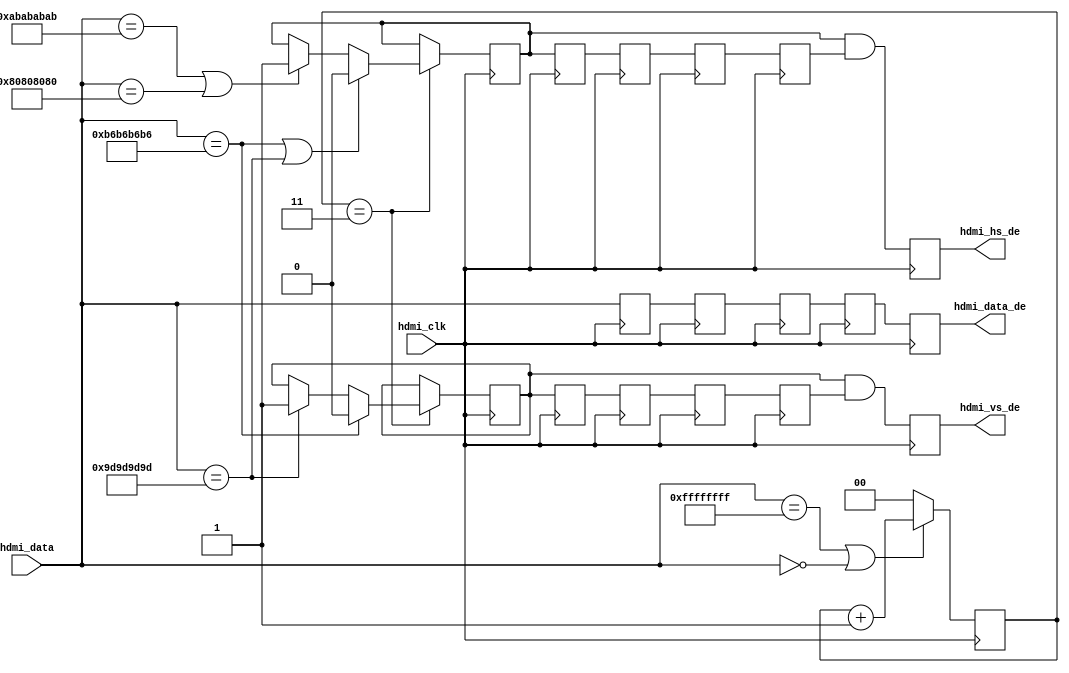
// ***************************************************************************
// ***************************************************************************
// Copyright (C) 2014-2023 Analog Devices, Inc. All rights reserved.
//
// In this HDL repository, there are many different and unique modules, consisting
// of various HDL (Verilog or VHDL) components. The individual modules are
// developed independently, and may be accompanied by separate and unique license
// terms.
//
// The user should read each of these license terms, and understand the
// freedoms and responsibilities that he or she has by using this source/core.
//
// This core is distributed in the hope that it will be useful, but WITHOUT ANY
// WARRANTY; without even the implied warranty of MERCHANTABILITY or FITNESS FOR
// A PARTICULAR PURPOSE.
//
// Redistribution and use of source or resulting binaries, with or without modification
// of this file, are permitted under one of the following two license terms:
//
//   1. The GNU General Public License version 2 as published by the
//      Free Software Foundation, which can be found in the top level directory
//      of this repository (LICENSE_GPL2), and also online at:
//      <https://www.gnu.org/licenses/old-licenses/gpl-2.0.html>
//
// OR
//
//   2. An ADI specific BSD license, which can be found in the top level directory
//      of this repository (LICENSE_ADIBSD), and also on-line at:
//      https://github.com/analogdevicesinc/hdl/blob/main/LICENSE_ADIBSD
//      This will allow to generate bit files and not release the source code,
//      as long as it attaches to an ADI device.
//
// ***************************************************************************
// ***************************************************************************
// Receive HDMI, hdmi embedded syncs data in, video dma data out.

`timescale 1ns/100ps

module axi_hdmi_rx_es #(

  parameter   DATA_WIDTH = 32
) (

  // hdmi interface

  input                   hdmi_clk,
  input       [(DATA_WIDTH-1):0]  hdmi_data,
  output  reg             hdmi_vs_de,
  output  reg             hdmi_hs_de,
  output  reg [(DATA_WIDTH-1):0]  hdmi_data_de
);

  localparam  BYTE_WIDTH = DATA_WIDTH/8;

  // internal registers

  reg     [(DATA_WIDTH-1):0]  hdmi_data_d = 'd0;
  reg                         hdmi_hs_de_rcv_d = 'd0;
  reg                         hdmi_vs_de_rcv_d = 'd0;
  reg     [(DATA_WIDTH-1):0]  hdmi_data_2d = 'd0;
  reg                         hdmi_hs_de_rcv_2d = 'd0;
  reg                         hdmi_vs_de_rcv_2d = 'd0;
  reg     [(DATA_WIDTH-1):0]  hdmi_data_3d = 'd0;
  reg                         hdmi_hs_de_rcv_3d = 'd0;
  reg                         hdmi_vs_de_rcv_3d = 'd0;
  reg     [(DATA_WIDTH-1):0]  hdmi_data_4d = 'd0;
  reg                         hdmi_hs_de_rcv_4d = 'd0;
  reg                         hdmi_vs_de_rcv_4d = 'd0;
  reg     [ 1:0]              hdmi_preamble_cnt = 'd0;
  reg                         hdmi_hs_de_rcv = 'd0;
  reg                         hdmi_vs_de_rcv = 'd0;

  // internal signals

  wire    [(DATA_WIDTH-1):0]  hdmi_ff_s;
  wire    [(DATA_WIDTH-1):0]  hdmi_00_s;
  wire    [(DATA_WIDTH-1):0]  hdmi_b6_s;
  wire    [(DATA_WIDTH-1):0]  hdmi_9d_s;
  wire    [(DATA_WIDTH-1):0]  hdmi_ab_s;
  wire    [(DATA_WIDTH-1):0]  hdmi_80_s;

  // es constants

  assign hdmi_ff_s = {BYTE_WIDTH{8'hff}};
  assign hdmi_00_s = {BYTE_WIDTH{8'h00}};
  assign hdmi_b6_s = {BYTE_WIDTH{8'hb6}};
  assign hdmi_9d_s = {BYTE_WIDTH{8'h9d}};
  assign hdmi_ab_s = {BYTE_WIDTH{8'hab}};
  assign hdmi_80_s = {BYTE_WIDTH{8'h80}};

  // delay to get rid of eav's 4 bytes

  always @(posedge hdmi_clk) begin
    hdmi_data_d <= hdmi_data;
    hdmi_hs_de_rcv_d <= hdmi_hs_de_rcv;
    hdmi_vs_de_rcv_d <= hdmi_vs_de_rcv;
    hdmi_data_2d <= hdmi_data_d;
    hdmi_hs_de_rcv_2d <= hdmi_hs_de_rcv_d;
    hdmi_vs_de_rcv_2d <= hdmi_vs_de_rcv_d;
    hdmi_data_3d <= hdmi_data_2d;
    hdmi_hs_de_rcv_3d <= hdmi_hs_de_rcv_2d;
    hdmi_vs_de_rcv_3d <= hdmi_vs_de_rcv_2d;
    hdmi_data_4d <= hdmi_data_3d;
    hdmi_hs_de_rcv_4d <= hdmi_hs_de_rcv_3d;
    hdmi_vs_de_rcv_4d <= hdmi_vs_de_rcv_3d;
    hdmi_data_de  <= hdmi_data_4d;
    hdmi_hs_de <= hdmi_hs_de_rcv & hdmi_hs_de_rcv_4d;
    hdmi_vs_de <= hdmi_vs_de_rcv & hdmi_vs_de_rcv_4d;
  end

  // check for sav and eav and generate the corresponding enables

  always @(posedge hdmi_clk) begin
    if ((hdmi_data == hdmi_ff_s) || (hdmi_data == hdmi_00_s)) begin
      hdmi_preamble_cnt <= hdmi_preamble_cnt + 1'b1;
    end else begin
      hdmi_preamble_cnt <= 'd0;
    end
    if (hdmi_preamble_cnt == 3'b11) begin
      if ((hdmi_data == hdmi_b6_s) || (hdmi_data == hdmi_9d_s)) begin
        hdmi_hs_de_rcv <= 1'b0;
      end else if ((hdmi_data == hdmi_ab_s) || (hdmi_data == hdmi_80_s)) begin
        hdmi_hs_de_rcv <= 1'b1;
      end
      if (hdmi_data == hdmi_b6_s) begin
        hdmi_vs_de_rcv <= 1'b0;
      end else if (hdmi_data == hdmi_9d_s) begin
        hdmi_vs_de_rcv <= 1'b1;
      end
    end
  end

endmodule